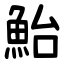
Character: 鮐